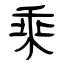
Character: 乘